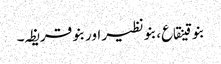
بنو قینقاع، بنو نظیر اور بنو قریظہ۔